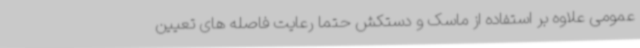
عمومی علاوه بر استفاده از ماسک و دستکش حتما رعایت فاصله های تعیین